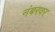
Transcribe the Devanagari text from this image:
नंबरवर